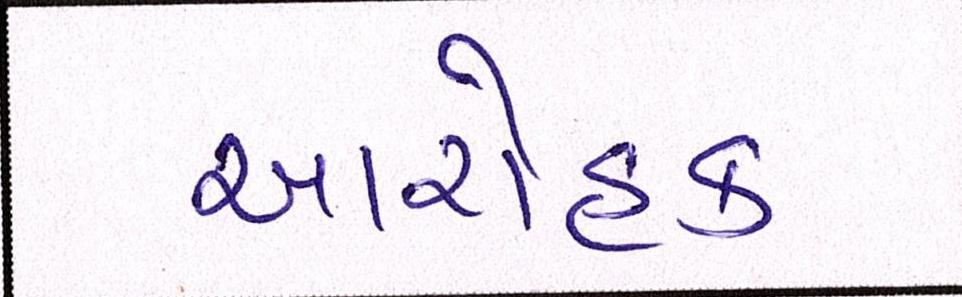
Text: આરોહક